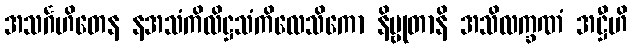
အသင်္ဂဟိတေန နအသံကိလိဋ္ဌသံကိလေသိကော နိဗ္ဗုတာနိ အသိလက္ခဏံ အဋ္ဌီဟိ